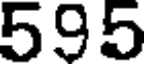
595